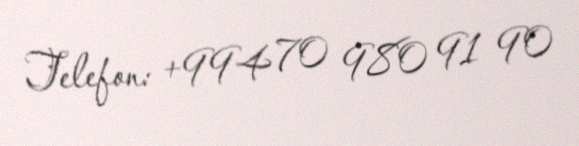
Telefon: +994 70 980 91 90